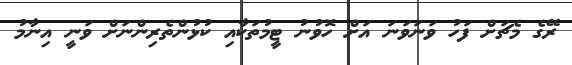
ރޭގެ މެޗަށް ފަހު ވަނަވަނަ އަށް ހޮވުނު ޓީމުތަކާއި ކުޅުންތެރިންނަށް ވަނީ އިނާމު